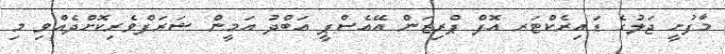
މާފުށީ ޖަލުގެ ޑައިރެކްޓަރ އޮފް ޕްރިޒަން އޭއެސްޕީ އަބްދު އަމީން ޝަރަފްވެރިކޮށްދެއްވި މި